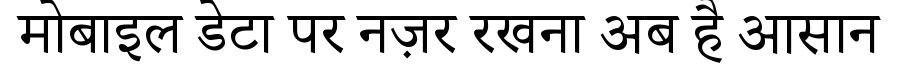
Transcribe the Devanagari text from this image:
मोबाइल डेटा पर नज़र रखना अब है आसान